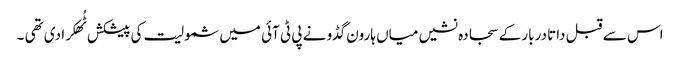
اس سے قبل داتا دربار کے سجادہ نشیں میاں ہارون گڈو نے پی ٹی آئی میں شمولیت کی پیشکش ٹُھکرا دی تھی ۔